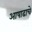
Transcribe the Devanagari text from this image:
आषाढाचे